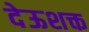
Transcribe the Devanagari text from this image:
देऊशक्त